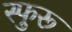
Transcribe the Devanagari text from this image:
स्फुरू